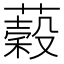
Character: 𦾫